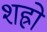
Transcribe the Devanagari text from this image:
शह्रो